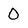
Character: O